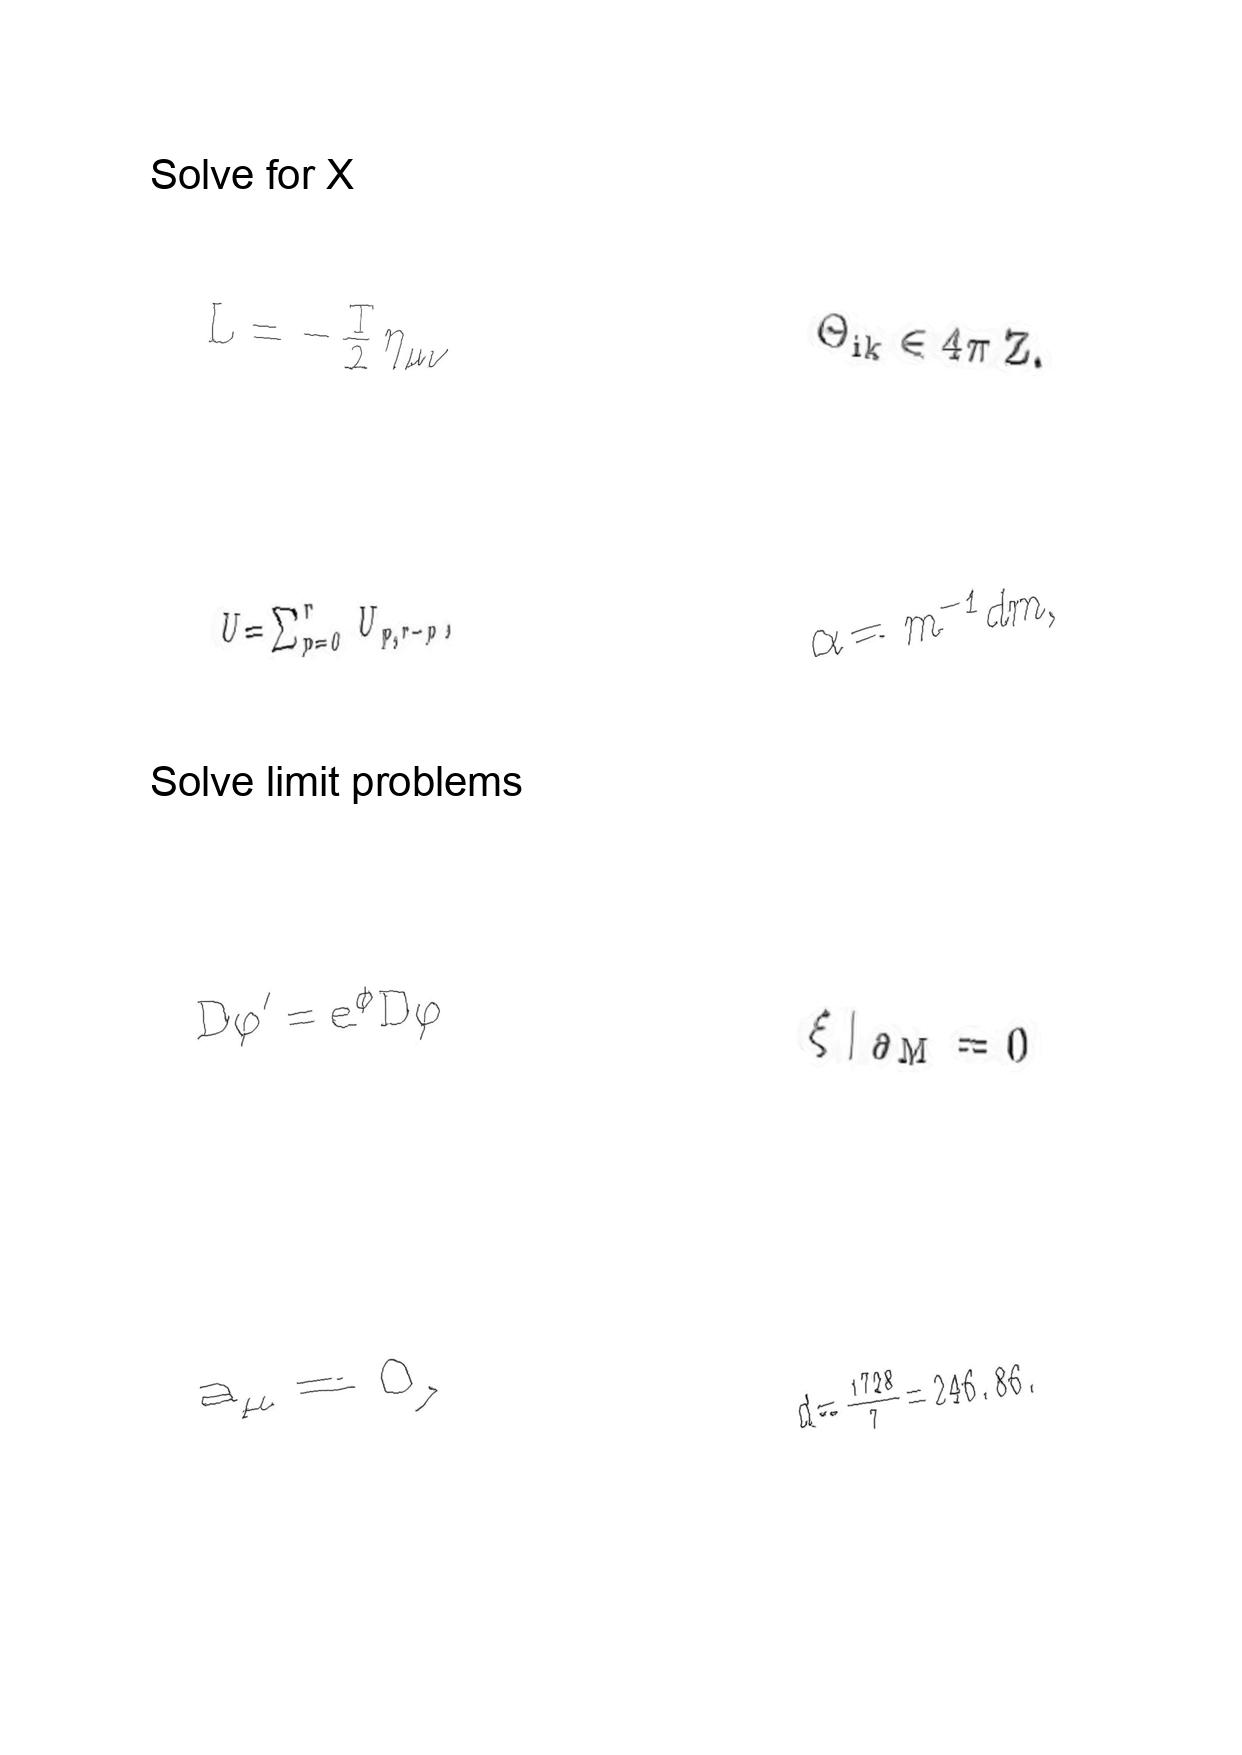
LaTeX transcription:
L = - \frac { T } { 2 } \eta _ { \mu \nu }
U = \sum _ { p = 0 } ^ { r } U _ { p , r - p } ,
D \varphi ^ { \prime } = e ^ { \phi } D \varphi
a _ { \mu } = 0 ,
\Theta _ { i k } \in 4 \pi \mathrm { \space Z } .
\alpha = m ^ { - 1 } d m ,
\xi \vert _ { \partial M } = 0
d = \frac { 1 7 2 8 } { 7 } = 2 4 6 . 8 6 .